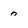
Character: n